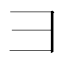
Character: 𫜹